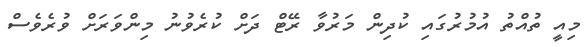
މިއީ ތުއްތު އުމުރުގައި ކުދިން މަރުވާ ރޭޓް ދަށް ކުރެވުނު މިންވަރަށް ވުރެވެސް